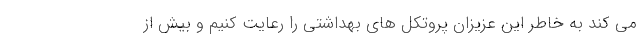
می کند به خاطر این عزیزان پروتکل های بهداشتی را رعایت کنیم و بیش از